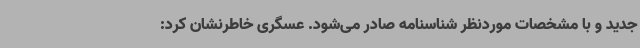
جدید و با مشخصات موردنظر شناسنامه صادر می‌شود. عسگری خاطرنشان کرد: